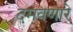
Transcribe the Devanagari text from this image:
दमवणारे